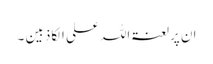
ان پرلعنتہ اللہ علی الکاذبین ۔